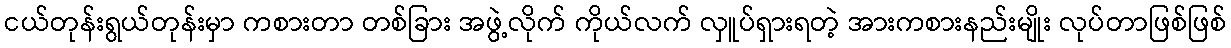
ငယ်တုန်းရွယ်တုန်းမှာ ကစားတာ တစ်ခြား အဖွဲ့လိုက် ကိုယ်လက် လှူပ်ရှားရတဲ့ အားကစားနည်းမျိုး လုပ်တာဖြစ်ဖြစ်